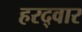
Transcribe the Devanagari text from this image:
हरद्वार